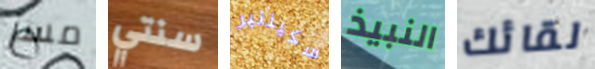
مسز سنتي سكيننير النبيذ لقائك